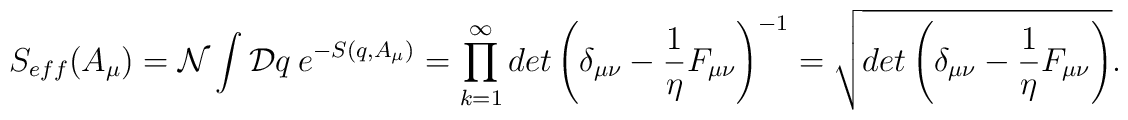
S_{eff}(A_{\mu})={\cal N} \int {\cal D}q ~ e^{ - S(q,A_{\mu}) } =\prod_{k=1}^{\infty} det \left ( \delta_{\mu\nu}-\frac{1}{\eta} F_{\mu\nu}\right )^{-1} = \sqrt{ det \left ( \delta_{\mu\nu}-\frac{1}{\eta} F_{\mu\nu}\right ) }.